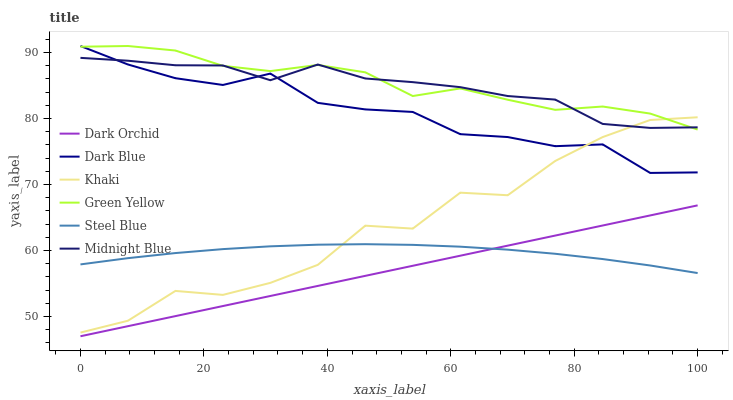
| xaxis_label | Dark Orchid | Dark Blue | Khaki | Green Yellow | Steel Blue | Midnight Blue |
 | --- | --- | --- | --- | --- | --- | --- |
 | 0 | 47 | 91 | 47.6 | 90.9 | 57.9 | 89.2 |
 | 7.69 | 48.5 | 88.2 | 49.4 | 91 | 58.8 | 88.8 |
 | 15.4 | 50.1 | 86.1 | 53.9 | 90.3 | 59.6 | 88.1 |
 | 23.1 | 51.6 | 85.1 | 53.3 | 88 | 60.2 | 88 |
 | 30.8 | 53.1 | 86.8 | 55.1 | 87.2 | 60.6 | 85.8 |
 | 38.5 | 54.6 | 82.4 | 57.8 | 88.1 | 60.9 | 88.2 |
 | 46.2 | 56.2 | 81.4 | 63.8 | 87 | 61 | 86.1 |
 | 53.8 | 57.7 | 81 | 63.3 | 83.4 | 60.9 | 85.5 |
 | 61.5 | 59.2 | 77.6 | 68.8 | 84.6 | 60.6 | 84.8 |
 | 69.2 | 60.7 | 77.2 | 68.4 | 82.9 | 60.1 | 83.4 |
 | 76.9 | 62.3 | 75.8 | 73.6 | 81.3 | 59.5 | 82.9 |
 | 84.6 | 63.8 | 76.1 | 77.2 | 81.8 | 58.7 | 79.2 |
 | 92.3 | 65.3 | 71.8 | 79.8 | 80.8 | 57.7 | 78.6 |
 | 100 | 66.8 | 71.8 | 80.2 | 78.3 | 56.6 | 78.7 |